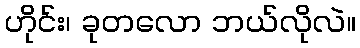
ဟိုင်း၊ ခုတလော ဘယ်လိုလဲ။